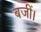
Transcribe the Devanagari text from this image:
बजीं।